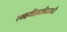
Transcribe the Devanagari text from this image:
लक्ष्मीप्राप्तीसाठी